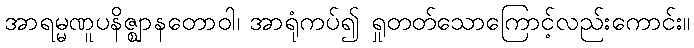
အာရမ္မဏူပနိဇ္ဈာနတောဝါ၊ အာရုံကပ်၍ ရှုတတ်သောကြောင့်လည်းကောင်း။